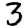
Digit: 3